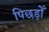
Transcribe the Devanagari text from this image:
पिछड़ोँ